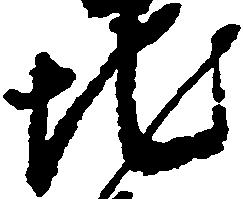
地